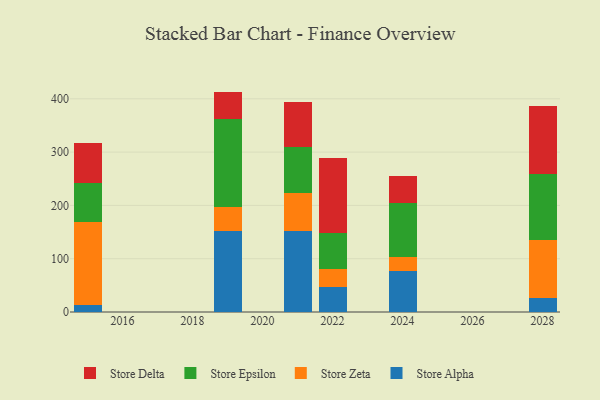
{"axis": {"x": "Year", "y": "Backlog"}, "legend": ["Store Alpha", "Store Delta", "Store Epsilon", "Store Zeta"], "data": [{"x": "2019", "y": 152.4, "type": "Store Alpha"}, {"x": "2019", "y": 44.1, "type": "Store Zeta"}, {"x": "2019", "y": 165.9, "type": "Store Epsilon"}, {"x": "2019", "y": 51.1, "type": "Store Delta"}, {"x": "2028", "y": 25.5, "type": "Store Alpha"}, {"x": "2028", "y": 110.4, "type": "Store Zeta"}, {"x": "2028", "y": 123.1, "type": "Store Epsilon"}, {"x": "2028", "y": 127.1, "type": "Store Delta"}, {"x": "2022", "y": 47.8, "type": "Store Alpha"}, {"x": "2022", "y": 33.6, "type": "Store Zeta"}, {"x": "2022", "y": 67.3, "type": "Store Epsilon"}, {"x": "2022", "y": 139.8, "type": "Store Delta"}, {"x": "2024", "y": 77.6, "type": "Store Alpha"}, {"x": "2024", "y": 25.5, "type": "Store Zeta"}, {"x": "2024", "y": 101.4, "type": "Store Epsilon"}, {"x": "2024", "y": 51.0, "type": "Store Delta"}, {"x": "2021", "y": 152.8, "type": "Store Alpha"}, {"x": "2021", "y": 69.9, "type": "Store Zeta"}, {"x": "2021", "y": 87.7, "type": "Store Epsilon"}, {"x": "2021", "y": 83.3, "type": "Store Delta"}, {"x": "2015", "y": 13.8, "type": "Store Alpha"}, {"x": "2015", "y": 154.7, "type": "Store Zeta"}, {"x": "2015", "y": 74.1, "type": "Store Epsilon"}, {"x": "2015", "y": 75.0, "type": "Store Delta"}]}